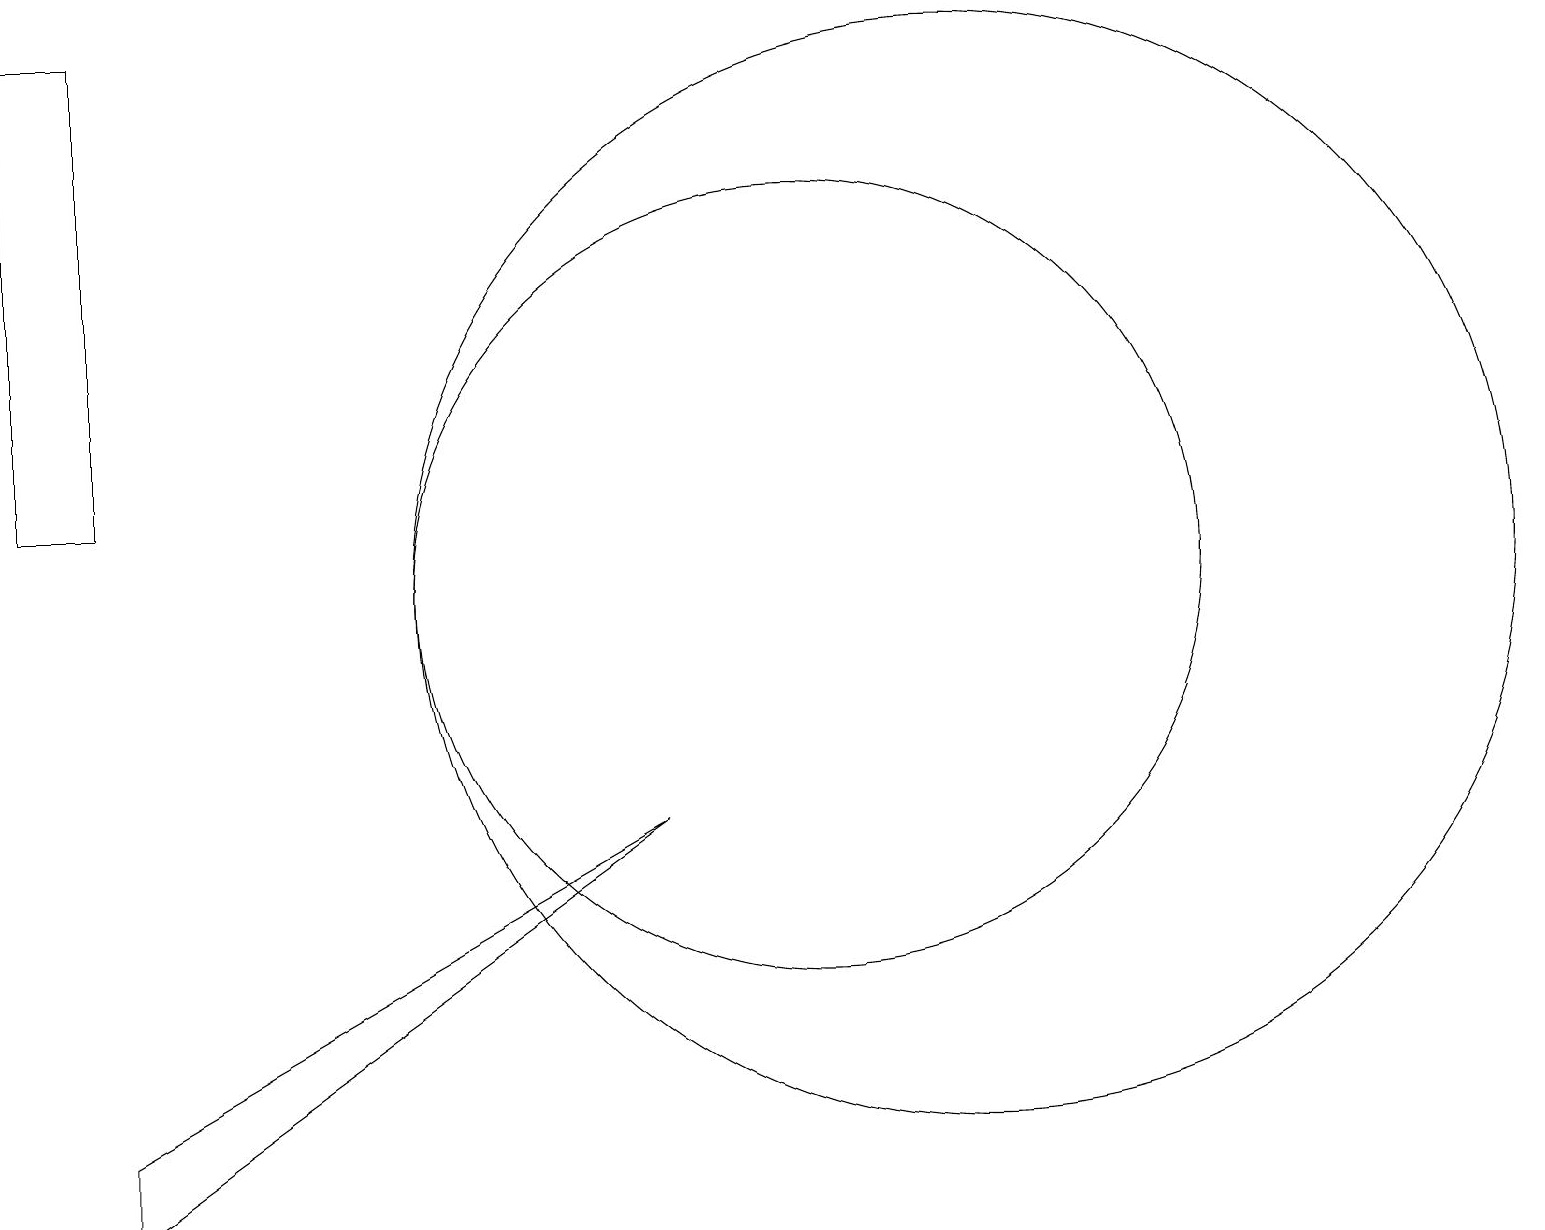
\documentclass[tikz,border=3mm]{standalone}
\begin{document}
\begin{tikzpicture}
\draw (10,10) circle (5);
\draw (12,10) circle (7);
\draw (1,3) -- (1,2) -- (8,7) -- cycle;
\draw (0,11) rectangle (1,17);
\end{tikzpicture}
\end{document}